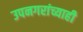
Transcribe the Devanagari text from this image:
उपनगरांच्याही